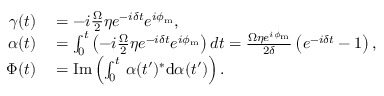
\begin{array} { r l } { \gamma ( t ) } & { { } = - i \frac { \Omega } { 2 } \eta e ^ { - i \delta t } e ^ { i \phi _ { \mathrm { m } } } , } \\ { \alpha ( t ) } & { { } = \int _ { 0 } ^ { t } \left( - i \frac { \Omega } { 2 } \eta e ^ { - i \delta t } e ^ { i \phi _ { \mathrm { m } } } \right) d t = \frac { \Omega \eta e ^ { i \phi _ { \mathrm { m } } } } { 2 \delta } \left( e ^ { - i \delta t } - 1 \right) , } \\ { \Phi ( t ) } & { { } = \mathrm { I m } \left( \int _ { 0 } ^ { t } \, \alpha ( t ^ { \prime } ) ^ { * } \mathrm { d } \alpha ( t ^ { \prime } ) \right) . } \end{array}